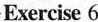
Exercise 6